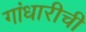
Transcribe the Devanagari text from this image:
गांधारीची